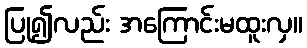
ပြု၍လည်း အကြောင်းမထူးလှ။